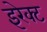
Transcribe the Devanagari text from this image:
इरेक्ट